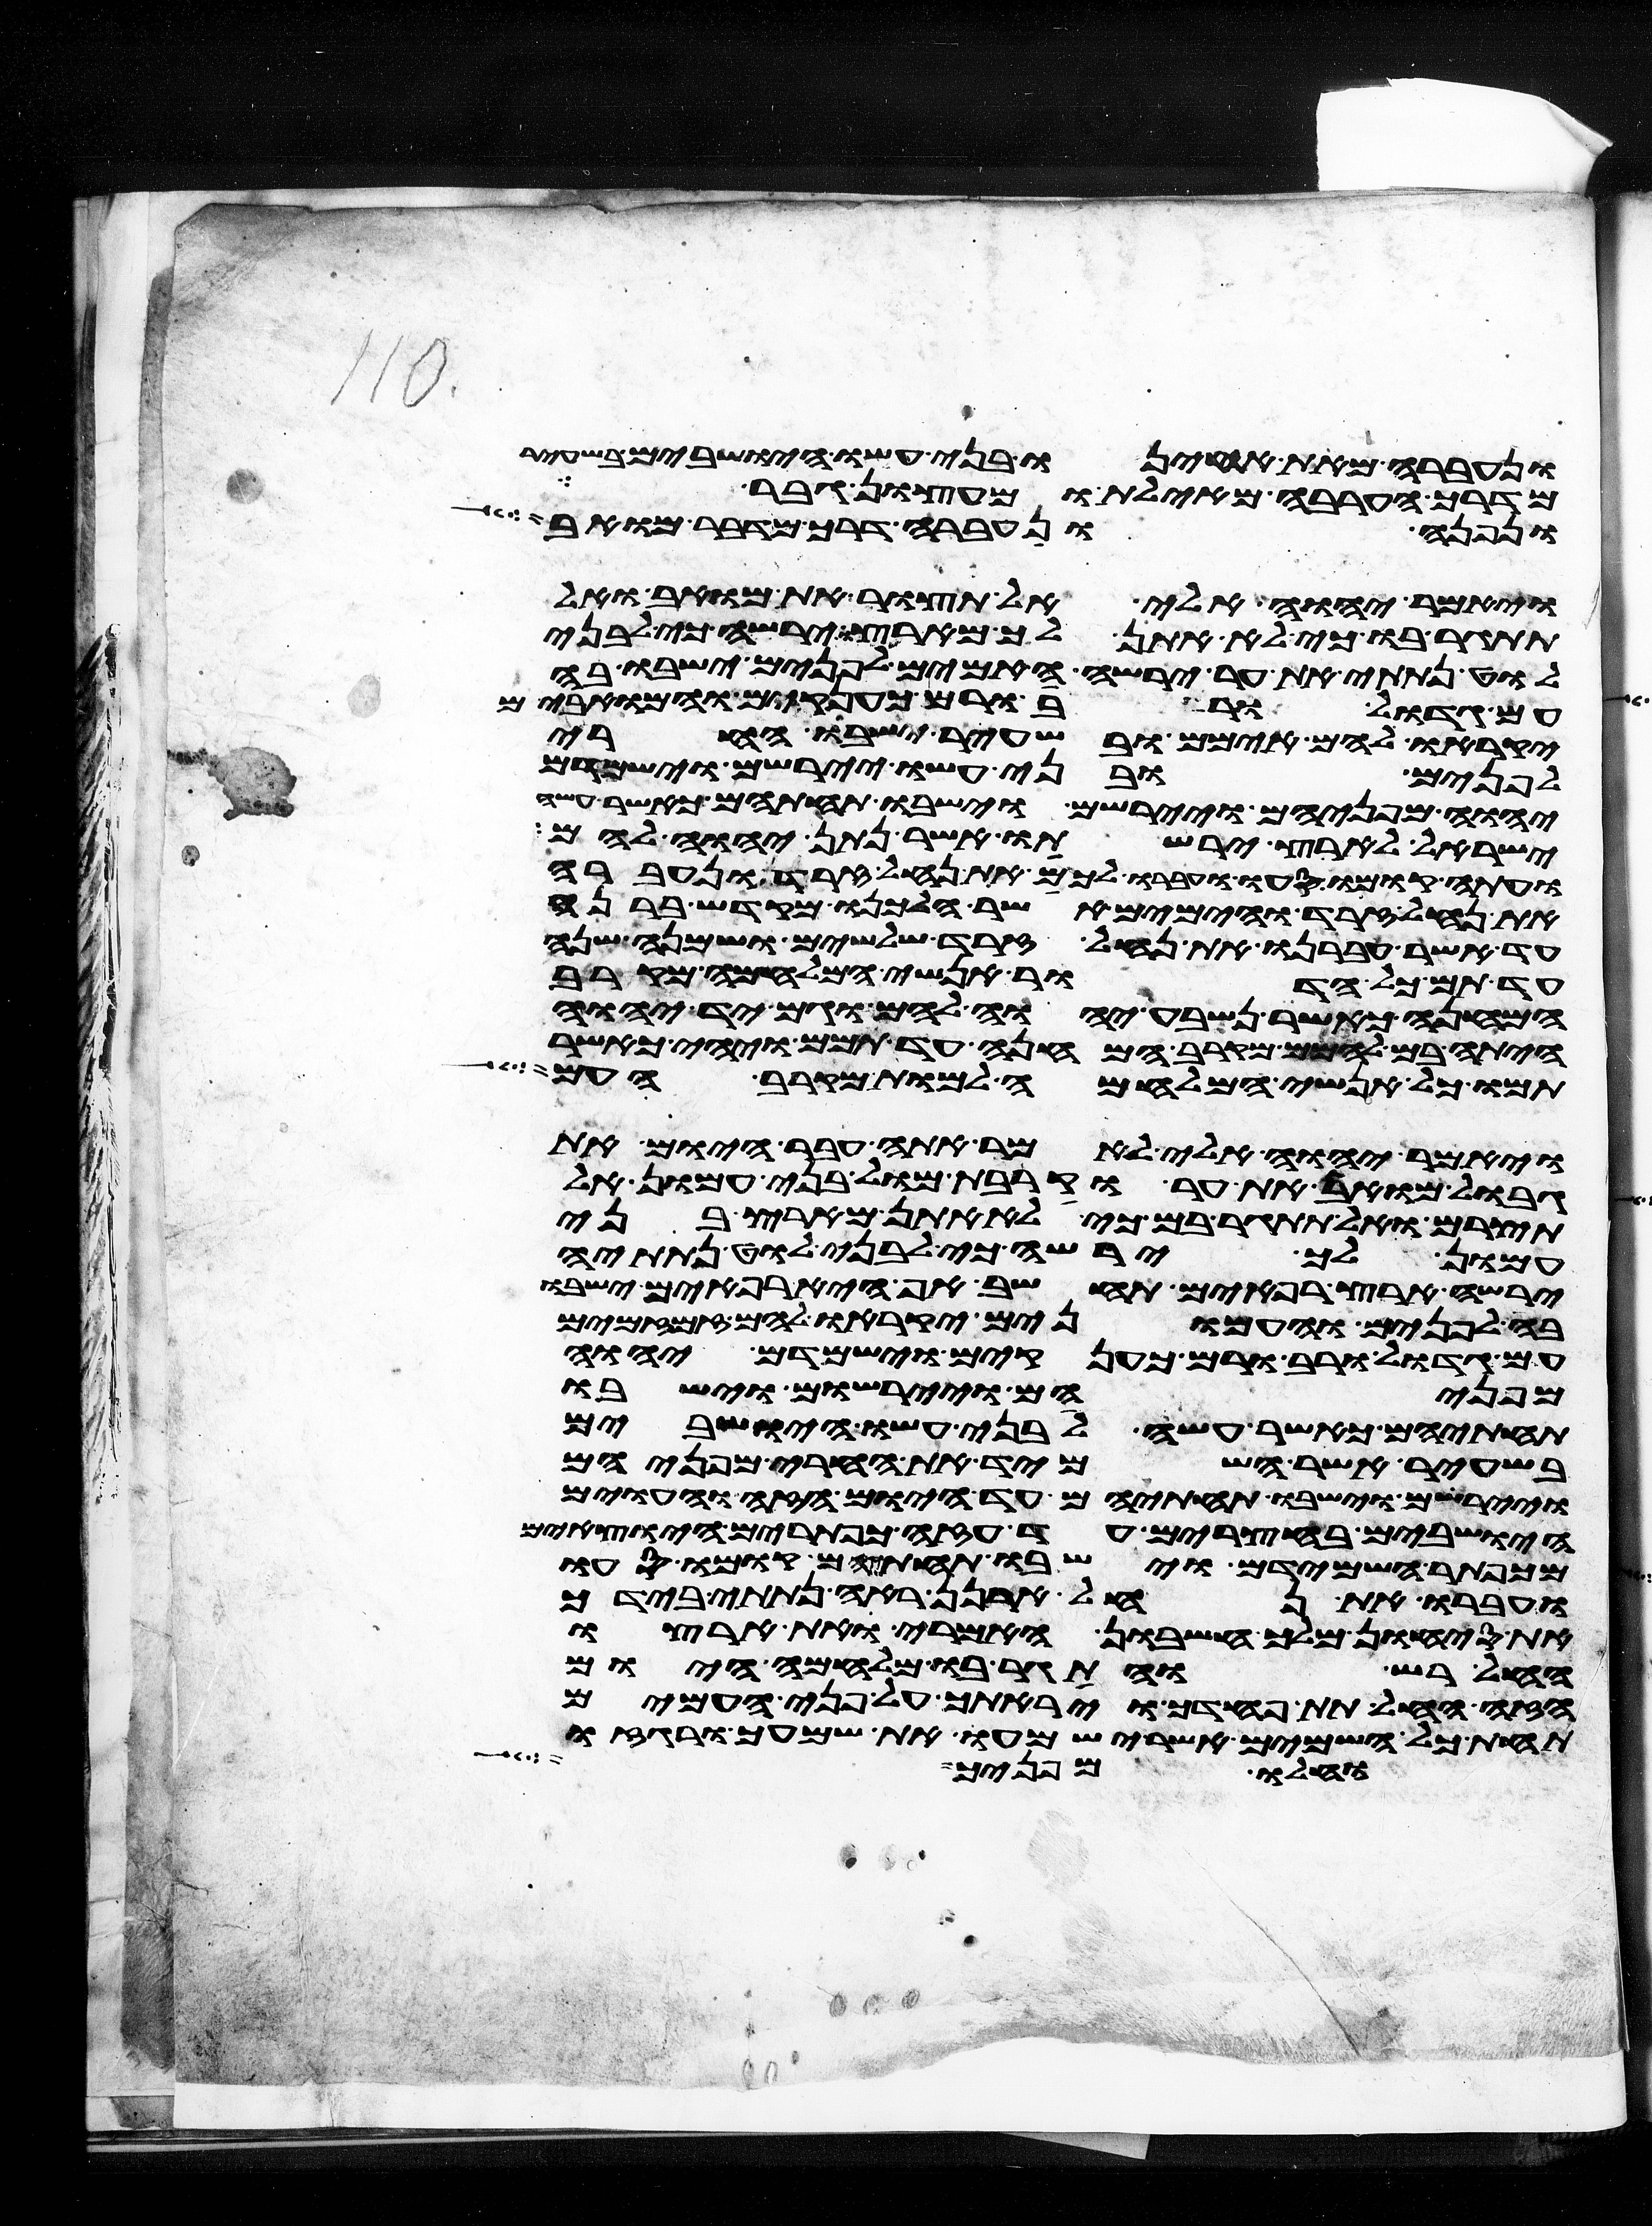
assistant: ונעברה מאת אחינו בני עשו הישבים בשעיר
מדרך הערבה מאילת ומעציון גבר
ונפנה ונעברה דרך מדבר מואב
ויאמר יהוה אלי אל תצור את מואב ואל
תתגר בו כי לא אתן לך מארצו ירשה כי לבני
לוט נתתי את ער ירשה האימים לפנים ישבו בה
עם גדול ורב ורם כענקים והמואבים
יקראו להם אימים ובשעיר ישבו החרי
לפנים ובני עשו יירשום וישמדם
יהוה מפניהם ויירשום וישבו תחתיהם כאשר עשה
ישראל לארץ ירשתו אשר נתן יהוה להם
ועתה קומו סעו ועברו לכם את נחל זרד ונעברה
את נחל זרד והימים אשר הלכנו מקדש ברנע
עד אשר עברנו את נחל זרד שלשים ושמנה שנה
עד תם כל הדור אנשי המלחמה מקרב
המחנה כאשר נשבע יהוה להם וגם יד יהוה
היתה בם להמם מקרב המחנה עד תמם ויהי כאשר
תמו כל אנשי המלחמה למות מקרב העם
ויאמר יהוה אלי לאמר אתה עבר היום את
גבול מואב את ער וקרבת מול בני עמון אל
תצורם ואל תתגר בם כי לא אתן מארץ בני
עמון לך ירשה כי לבני לוט נתתיה
ירשה ארץ רפאים תחשב אף היא רפאים ישבו
בה לפנים והעמונים יקראו להם זמזמים
עם גדול ורב ורם כענקים וישמדם יהוה
מפניהם ויירשום וישבו
תחתיהם כאשר עשה לבני עשו הישבים
בשעיר אשר השמיד את החרי מפניהם
ויירשום וישבו תחתיהם עד היום הזה והעוים
הישבים בחצרים עד עזה כפתרים היוצאים
מכפתר השמידם וישבו תחתם קומו סעו
ועברו את נחל ארנן ראה נתתי בידך
את סיחון מלך חשבון האמרי ואת ארצו
החל רש והתגר בו מלחמה היום
הזה החל תת פחדך ויראתך על פני העמים
תחת כל השמים אשר ישמעו את שמעך ורגזו
וחלו מפניך